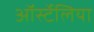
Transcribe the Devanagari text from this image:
ऑर्स्टेलिया